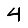
Digit: 4